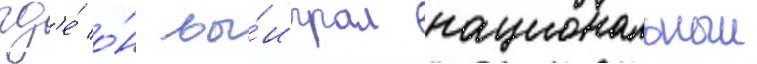
гд'е́ о́н вы́играл национальныи